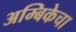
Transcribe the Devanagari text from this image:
अम्बिकेचा